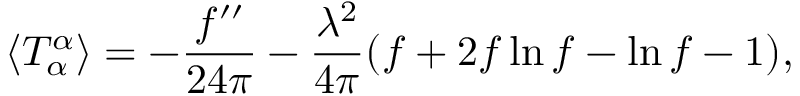
\langle T _ { \alpha } ^ { \alpha } \rangle = - { \frac { f ^ { \prime \prime } } { 2 4 \pi } } - { \frac { \lambda ^ { 2 } } { 4 \pi } } ( f + 2 f \ln f - \ln f - 1 ) ,